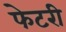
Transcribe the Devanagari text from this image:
फेटरी